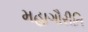
મહાગૌરીતિ